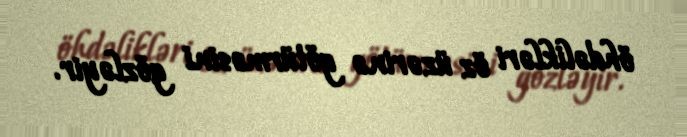
öhdəlikləri öz üzərinə götürməsini gözləyir.